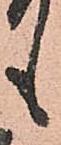
も